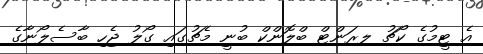
އެ ޓީމުގެ ކޯޗު ލރަންޓް ބްލޮންކް ބުނީ މެޗުގައި ގޯލު ޖެހި ބާސެލޯނާގެ